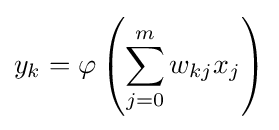
y_{k}=\varphi \left(\sum _{j=0}^{m}w_{kj}x_{j}\right)